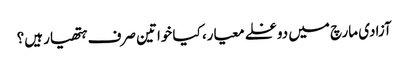
آزادی مارچ میں دوغلے معیار، کیا خواتین صرف ہتھیار ہیں؟